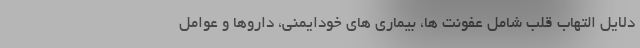
دلایل التهاب قلب شامل عفونت ها، بیماری های خودایمنی، داروها و عوامل